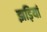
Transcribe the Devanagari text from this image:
झड़ियां